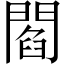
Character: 閻